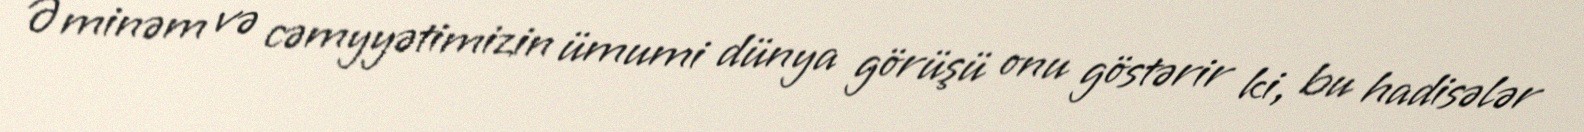
Əminəm və cəmyyətimizin ümumi dünya görüşü onu göstərir ki, bu hadisələr